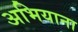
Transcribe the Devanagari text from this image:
अभियाना